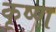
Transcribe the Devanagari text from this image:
कृष्‍ण्‍ा